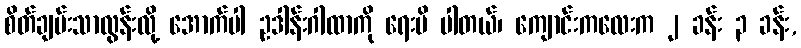
စိတ်ချမ်းသာလွန်းလို့ အောက်ပါ ဥဒါန်းဂါထာကို ရေးမိ ပါတယ်၊ ကျောင်းကလေးက ၂ ခန်း ၃ ခန်း,